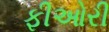
ફીઓરી